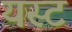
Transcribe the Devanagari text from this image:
यस्ट